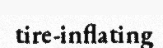
tire-inflating